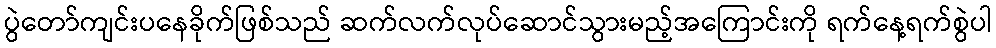
ပွဲတော်ကျင်းပနေခိုက်ဖြစ်သည် ဆက်လက်လုပ်ဆောင်သွားမည့်အကြောင်းကို ရက်နေ့ရက်စွဲပါ